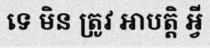
ទេ មិន ត្រូវ អាបត្តិ អ្វី